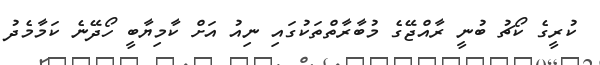
ކުރީގެ ކޯޗު ބުނީ ރާއްޖޭގެ މުބާރާތްތަކުގައި ނިއު އަށް ކާމިޔާބީ ހޯދޭނެ ކަމާމެދު